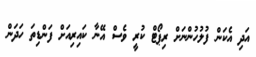
އަދި އެކަން ފުލުހުންނަށް ރިޕޯޓް ކުރީ ވެސް އޭނާ ކައިރިއަށް ފަންޑިތަ ހަދަން